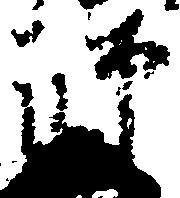
師